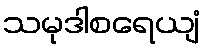
သမုဒါစရေယျံ